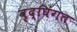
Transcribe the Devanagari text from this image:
वृद्घिंगत